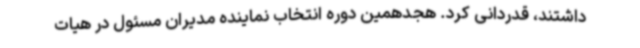
داشتند، قدردانی کرد. هجدهمین دوره انتخاب نماینده مدیران مسئول در هیات